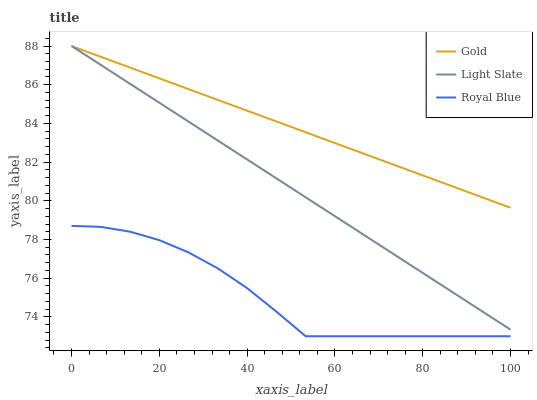
| xaxis_label | Gold | Light Slate | Royal Blue |
 | --- | --- | --- | --- |
 | 0 | 88 | 88 | 78.7 |
 | 6.67 | 87.4 | 87 | 78.7 |
 | 13.3 | 86.9 | 86 | 78.4 |
 | 20 | 86.3 | 85.1 | 78 |
 | 26.7 | 85.8 | 84.1 | 77.3 |
 | 33.3 | 85.2 | 83.1 | 76.5 |
 | 40 | 84.7 | 82.1 | 75.5 |
 | 46.7 | 84.1 | 81.2 | 74.3 |
 | 53.3 | 83.5 | 80.2 | 73 |
 | 60 | 83 | 79.2 | 73 |
 | 66.7 | 82.4 | 78.2 | 73 |
 | 73.3 | 81.9 | 77.2 | 73 |
 | 80 | 81.3 | 76.3 | 73 |
 | 86.7 | 80.8 | 75.3 | 73 |
 | 93.3 | 80.2 | 74.3 | 73 |
 | 100 | 79.6 | 73.3 | 73 |